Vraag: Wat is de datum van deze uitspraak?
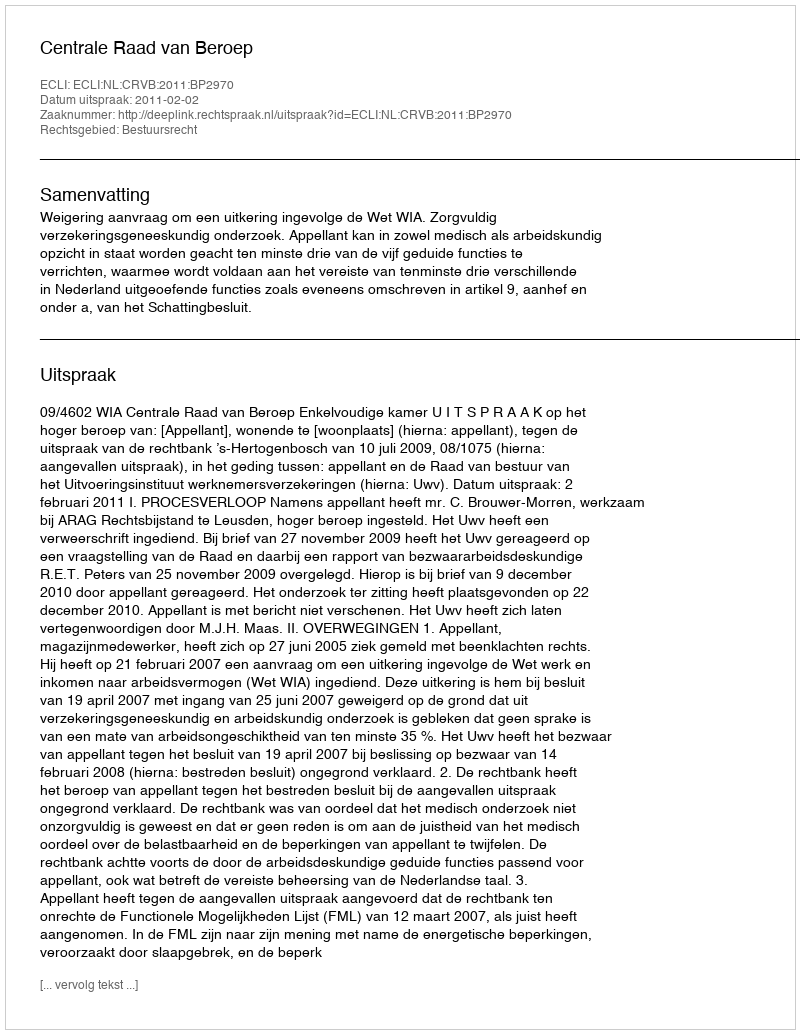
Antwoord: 2011-02-02